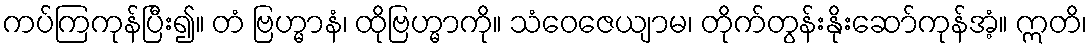
ကပ်ကြကုန်ပြီး၍။ တံ ဗြဟ္မာနံ၊ ထိုဗြဟ္မာကို။ သံဝေဇေယျာမ၊ တိုက်တွန်းနိုးဆော်ကုန်အံ့။ ဣတိ၊